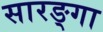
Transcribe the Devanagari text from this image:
सारङ्गा